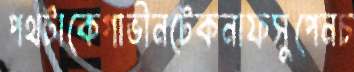
পথটাকেগাভীনটেকনাফসুপেনচ